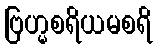
ဗြဟ္မစရိယမစရိ